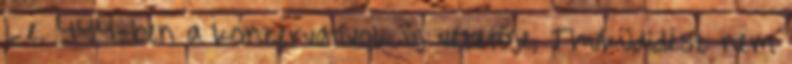
I. e. 444-ben a konzervatívok új vezetője, Thuküdidész nem